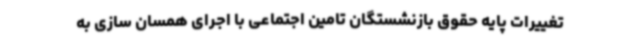
تغییرات پایه حقوق بازنشستگان تامین اجتماعی با اجرای همسان سازی به